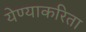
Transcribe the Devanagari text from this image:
येण्याकरिता